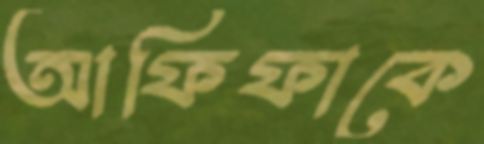
আফিফাকে